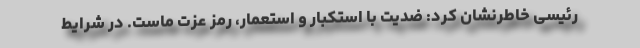
رئیسی خاطرنشان کرد: ضدیت با استکبار و استعمار، رمز عزت ماست. در شرایط